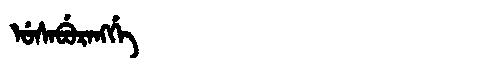
Manchu: ᡠᠰᠠᠪᡠᡵᠠᠩᡤᡝ
Romanization: USABURANGGE